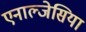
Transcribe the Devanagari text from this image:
एनाल्जेसिया